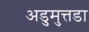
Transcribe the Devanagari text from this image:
अडुमुत्तडा